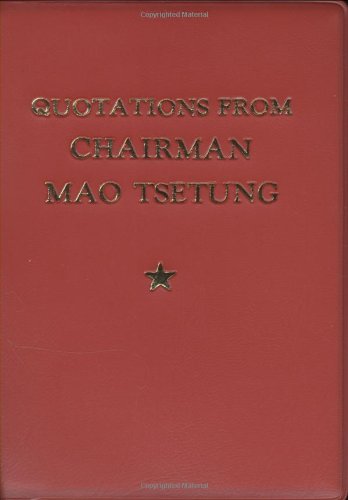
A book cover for Quotations From Chairman Mao Tse-Tung; Mao Tse-Tung; History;